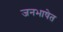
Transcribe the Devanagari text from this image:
जनभाषेत